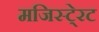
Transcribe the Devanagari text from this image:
मजिस्टे्रट